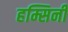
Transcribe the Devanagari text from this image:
हम्सिनी